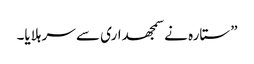
”ستارہ نے سمجھداری سے سر ہلایا۔